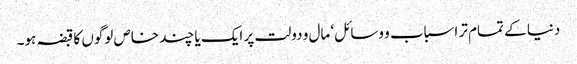
دنیا کے تمام تر اسباب و وسائل‘ مال و دولت پر ایک یا چند خاص لوگوں کا قبضہ ہو۔